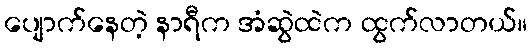
ပျောက်နေတဲ့ နာရီက အံဆွဲထဲက ထွက်လာတယ်။